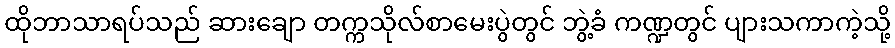
ထိုဘာသာရပ်သည် ဆားချော တက္ကသိုလ်စာမေးပွဲတွင် ဘွဲ့ခံ ကဏ္ဍတွင် ပျားသကာကဲ့သို့